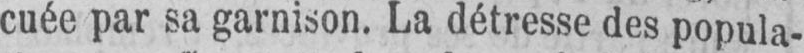
cuée par sa garnison. La détresse des popula-